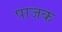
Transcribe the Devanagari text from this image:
पाजक